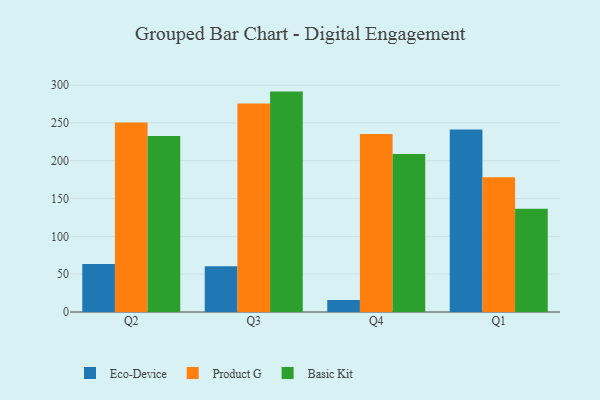
{"axis": {"x": "Quarter", "y": "LTV (USD)"}, "legend": ["Basic Kit", "Eco-Device", "Product G"], "data": [{"x": "Q2", "y": 63.4, "type": "Eco-Device"}, {"x": "Q2", "y": 250.7, "type": "Product G"}, {"x": "Q2", "y": 232.6, "type": "Basic Kit"}, {"x": "Q3", "y": 60.5, "type": "Eco-Device"}, {"x": "Q3", "y": 275.6, "type": "Product G"}, {"x": "Q3", "y": 291.4, "type": "Basic Kit"}, {"x": "Q4", "y": 15.8, "type": "Eco-Device"}, {"x": "Q4", "y": 235.5, "type": "Product G"}, {"x": "Q4", "y": 209.0, "type": "Basic Kit"}, {"x": "Q1", "y": 241.4, "type": "Eco-Device"}, {"x": "Q1", "y": 178.2, "type": "Product G"}, {"x": "Q1", "y": 136.5, "type": "Basic Kit"}]}